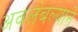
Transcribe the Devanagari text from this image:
अवलंबल्याने